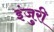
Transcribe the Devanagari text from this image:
इंजुरी